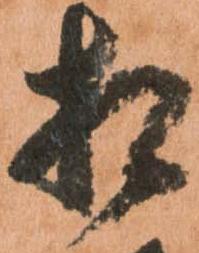
相